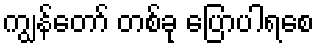
ကျွန်တော် တစ်ခု ပြောပါရစေ